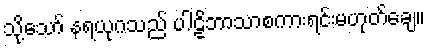
သို့သော် နရယုဂသည် ပါဠိဘာသာစကားရင်းမဟုတ်ချေ။